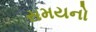
સમયનો